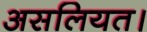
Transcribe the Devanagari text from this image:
असलियत।